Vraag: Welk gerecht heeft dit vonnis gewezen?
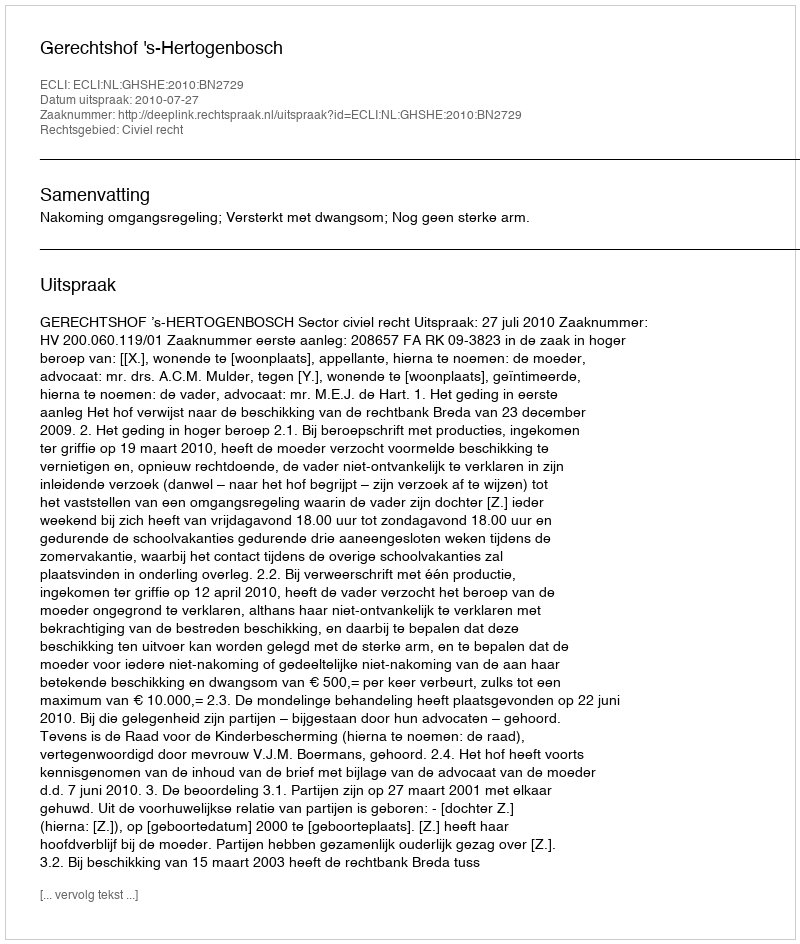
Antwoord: Gerechtshof 's-Hertogenbosch